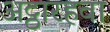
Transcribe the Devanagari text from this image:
अट्ठारहवा